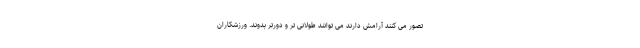
تصور می کنند آرامش دارند می توانند طولانی تر و دورتر بدوند. ورزشکاران